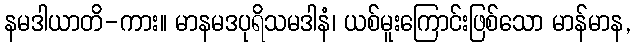
နမဒါယာတိ-ကား။ မာနမဒပုရိသမဒါနံ၊ ယစ်မူးကြောင်းဖြစ်သော မာန်မာန,